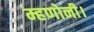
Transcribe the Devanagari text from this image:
म्हणोनी।